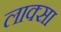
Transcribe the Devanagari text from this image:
लाक्सा